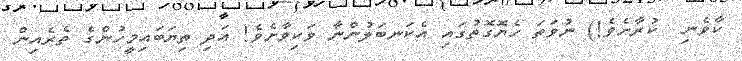
ކާވެނި  ކުރާށެވެ!) ނުވަތަ ހެޔޮގޮތުގައި އެކަނބަލުންނާ ވަކިވާށެވެ! އަދި ތިޔަބައިމީހުންގެ ތެރެއިން